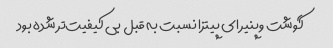
گوشت وپنیر ای پیتزا نسبت به قبل بی کیفیت‌تر شده بود